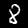
Digit: 8